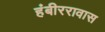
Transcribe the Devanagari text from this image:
हंबीररावास